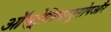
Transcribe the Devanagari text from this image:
ऑस्ट्रेलियायूरोपऔर